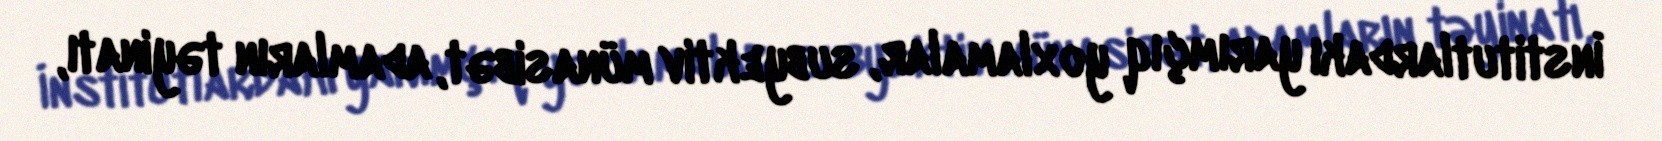
İnstitutlardakı yarımçıq yoxlamalar, subyektiv münasibət, adamların təyinatı,